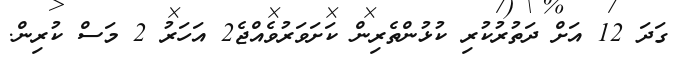
ގަދަ 12 އަށް ދަތުރުކުރި ކުޅުންތެރިން ކަށަވަރުވެއްޖެ2 އަހަރު 2 މަސް ކުރިން.